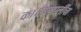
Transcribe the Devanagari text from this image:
कार्यप्रणालींचा